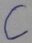
Text: C